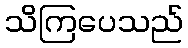
သိကြပေသည်